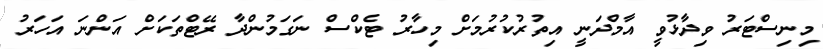
މިނިސްޓަރު ވިދާޅުވީ އާމްދަނީ އިތުރުކުރުމަށް މިހާރު ޓެކްސް ނަގަމުންދާ ރޭޓްތަކަށް އަންނަ އަހަރު